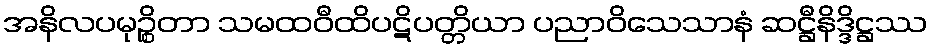
အနိလပမုဉ္စိတာ သမထဝီထိပဋိပတ္တိယာ ပညာဝိသေသာနံ ဆဋ္ဌီနိဒ္ဒိဋ္ဌဿ